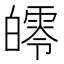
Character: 𤾨